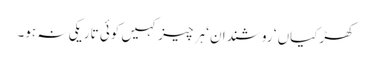
کھڑکیاں ‘ روشندان ‘ ہر چیز کہیں کوئی تاریکی نہ ہو۔